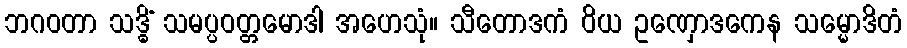
ဘဂဝတာ သဒ္ဓိံ သမပ္ပဝတ္တမောဒါ အဟေသုံ။ သီတောဒကံ ဝိယ ဥဏှောဒကေန သမ္မောဒိတံ